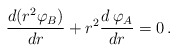
\begin{align*}\frac{d(r^2{\varphi}_B)}{dr}+r^2\frac{d\,\varphi_A}{dr}=0\,.\end{align*}